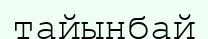
тайынбай